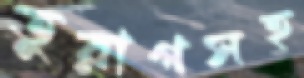
তুরাগসহ